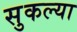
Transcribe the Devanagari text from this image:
सुकल्या